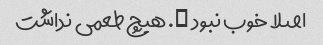
اصلا خوب نبود …. هیچ طعمی نداشت